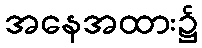
အနေအထား၌